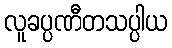
လူခပ္ပဏီတသပ္ပါယ